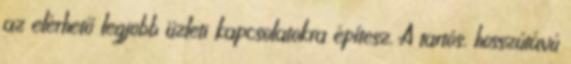
az elérhető legjobb üzleti kapcsolatokra építesz. A tartós, hosszútávú